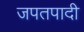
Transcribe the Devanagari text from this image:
जपतपादी